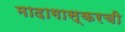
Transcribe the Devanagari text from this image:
मादागास्करची